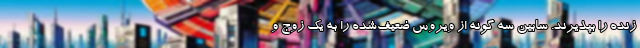
زنده را بپذیرند. سابین سه گونه از ویروسِ ضعیف‌شده را به یک زوجِ و